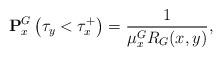
LaTeX: \begin{align*}\mathbf{P}^G_x\left(\tau_y<\tau_x^+\right)=\frac{1}{\mu_x^GR_G(x,y)},\end{align*}